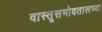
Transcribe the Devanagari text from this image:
वास्तूसभोवतालच्या